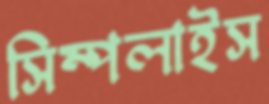
সিম্পলাইস